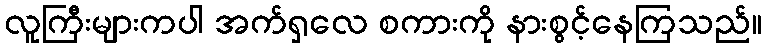
လူကြီးများကပါ အက်ရှလေ စကားကို နားစွင့်နေကြသည်။